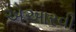
એઆરવી